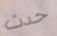
حدث